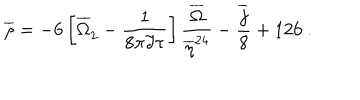
LaTeX: \overline { { { \rho } } } = - 6 \left[ { \overline { { { \Omega } } } } _ { 2 } ^ { \phantom { 2 } } - \frac { 1 } { 8 \pi \Im \tau } \right] \frac { \overline { { { \Omega } } } } { \overline { { { \eta } } } ^ { 2 4 } } - \frac { \overline { { { j } } } } { 8 } + 1 2 6 \ .